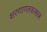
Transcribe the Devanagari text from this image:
शरणागतवत्सल